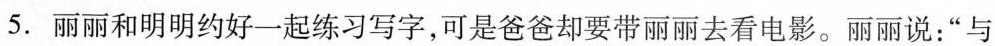
5.丽丽和明明约好一起练习写字，可是爸爸却要带丽丽去看电影。丽丽说：“与